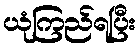
ယုံကြည်ရပြီး